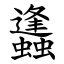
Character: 蠭